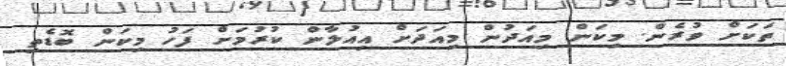
ތަކަށް ވުރެން. މިކަން މިއަދުން މިއަދަށް އިއުލާން ކުރުމަށް ފަހު މިކަން ބޮޑެތި